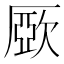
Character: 𣣾